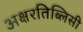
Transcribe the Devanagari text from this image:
अक्षरतिब्लिसी